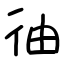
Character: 㣙